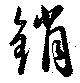
銷